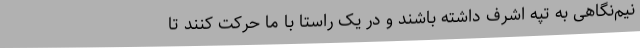
نیم‌نگاهی به تپه اشرف داشته باشند و در یک راستا با ما حرکت کنند تا